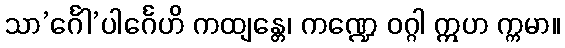
သာ’င်္ဂေါ’ပါင်္ဂေဟိ ကထျန္တေ၊ ကဏ္ဍေ ဝဂ္ဂါ ဣဟ က္ကမာ။